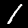
Digit: 1